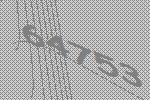
64753